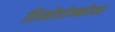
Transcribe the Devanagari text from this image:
तिमोशेन्कोवर